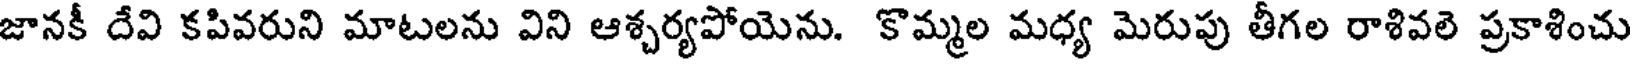
జానకీ దేవి కపివరుని మాటలను విని ఆశ్చర్యపోయెను. కొమ్మల మధ్య మెరుపు తీగల రాళివలె ప్రకాశించు